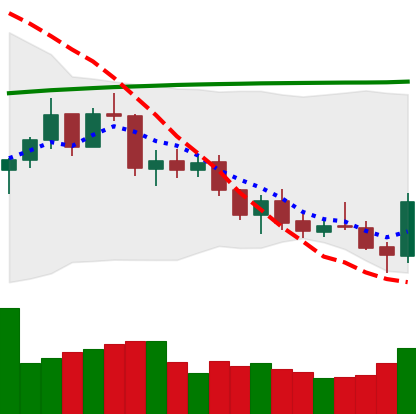
Ticker: ETH-USD
Chart end date: 2021-07-21
Forward return: 12.175%
Label: up_7plus